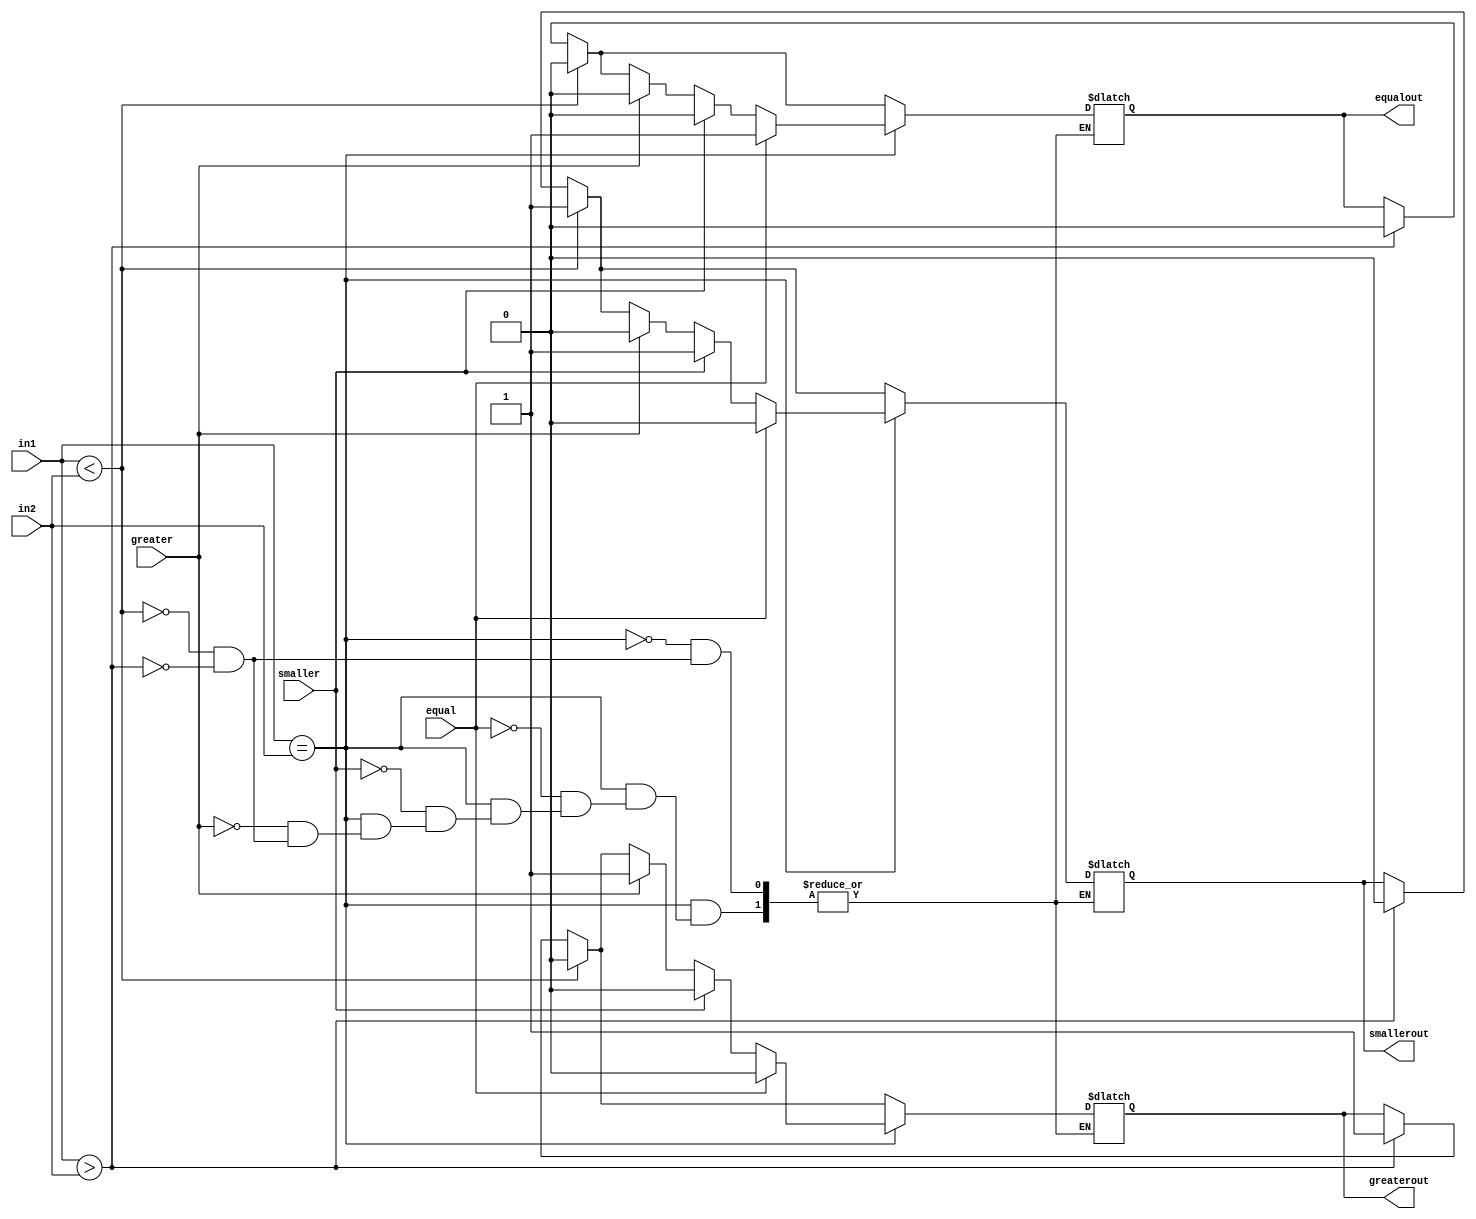
////////////////A 4-bit comparator with cascade inputs 
///////////////greaerout means in1>in2
/////////////smallerout means in1<in2
////////////and equalout means equal :)
module fourbitCascadeInputsComparator (greater,equal,smaller,in1,in2,greaterout,equalout,smallerout);
input wire greater,equal,smaller;
input wire [3:0]in1;
input wire [3:0]in2;
output reg greaterout,equalout,smallerout;

always@(greater,equal,smaller,in1,in2)
    begin
        if(in1>in2)
            begin
                greaterout = 1;
                smallerout = 0;
                equalout = 0;
            end
        if(in1<in2)
            begin
                greaterout = 0;
                smallerout = 1;
                equalout = 0;
            end
        if(in1==in2)
            begin
                if(greater == 1)
                    begin
                        greaterout = 1;
                        smallerout = 0;
                        equalout = 0;
                    end
                if(smaller == 1)
                    begin
                        greaterout = 0;
                        smallerout = 1;
                        equalout = 0;
                    end
                if(equal == 1)
                    begin
                        greaterout = 0;
                        smallerout = 0;
                        equalout = 1;
                    end
            end
    end


endmodule